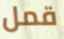
قمل